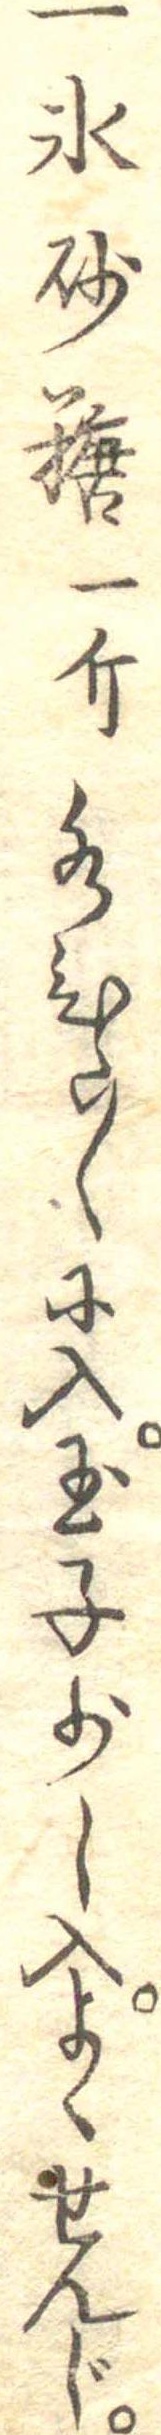
一氷砂糖一斤水すこしに入玉子少し入よくせんじ